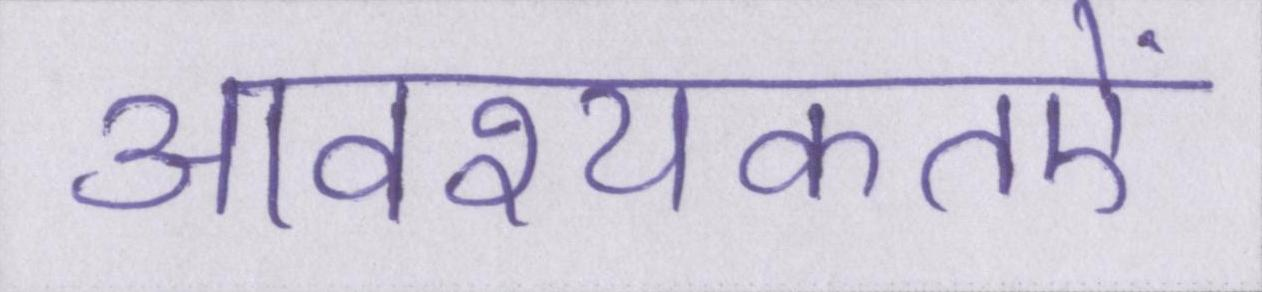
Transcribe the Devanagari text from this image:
आवश्यकतऐं